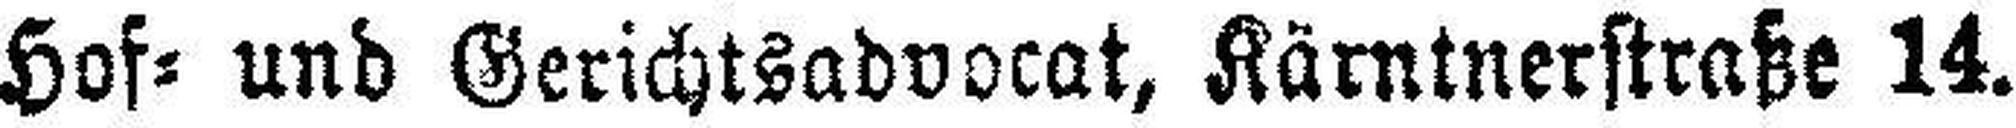
Hof= und Gerichtsadvocat, Kärntnerstraße 14.